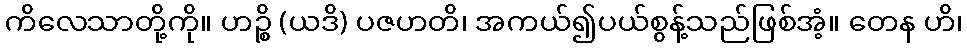
ကိလေသာတို့ကို။ ဟဉ္စိ (ယဒိ) ပဇဟတိ၊ အကယ်၍ပယ်စွန့်သည်ဖြစ်အံ့။ တေန ဟိ၊